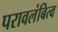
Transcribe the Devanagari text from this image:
परावलंबित्व